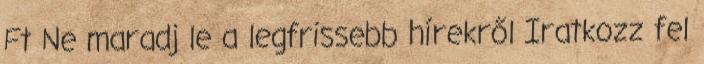
Ft Ne maradj le a legfrissebb hírekről Iratkozz fel